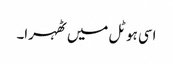
اسی ہوٹل میں ٹھہرا۔